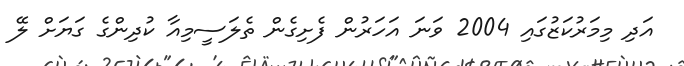
އަދި މިމަރުކަޒުގައި 2004 ވަނަ އަހަރުން ފެށިގެން ތެލަސީމިއާ ކުދިންގެ ގަޔަށް ލޭ